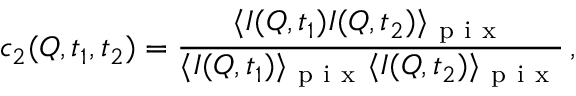
c _ { 2 } ( Q , t _ { 1 } , t _ { 2 } ) = \frac { \langle I ( Q , t _ { 1 } ) I ( Q , t _ { 2 } ) \rangle _ { \mathrm { ~ p ~ i ~ x ~ } } } { \langle I ( Q , t _ { 1 } ) \rangle _ { \mathrm { ~ p ~ i ~ x ~ } } \langle I ( Q , t _ { 2 } ) \rangle _ { \mathrm { ~ p ~ i ~ x ~ } } } \, ,